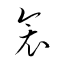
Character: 衾